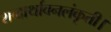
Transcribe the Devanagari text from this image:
शब्दार्थावनलंकृती।